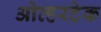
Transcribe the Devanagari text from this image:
ओव्हरटेक